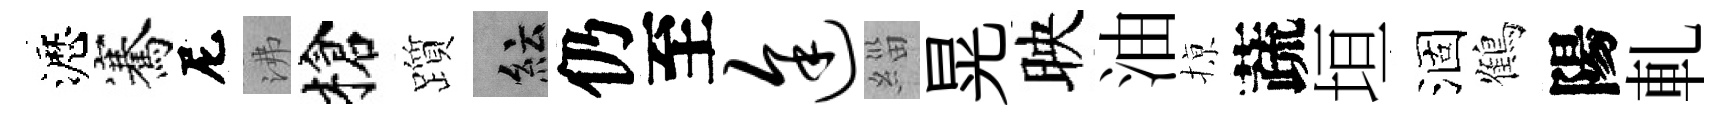
瀝騫尼沸槍躓紜仍至途緇晃映油𢱊蔬垣涸鶴陽軋